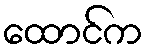
ထောင်က